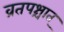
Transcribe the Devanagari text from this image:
व्रतपश्चात्‌